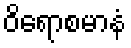
ဝိရောစမာနံ